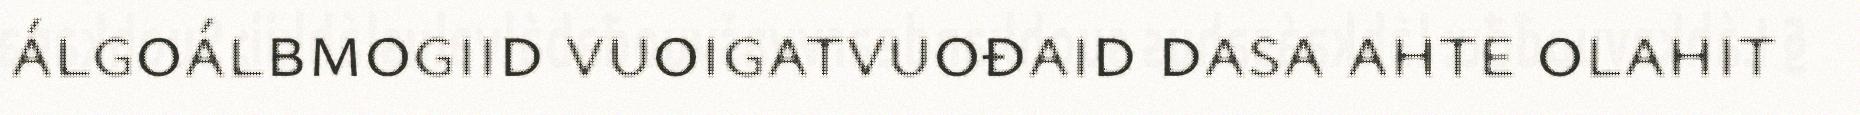
álgoálbmogiid vuoigatvuođaid dasa ahte olahit